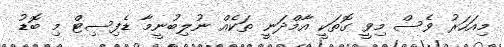
މިއަހަރު ވެސް މިވީ ގޮތަކީ އާމްދަނީ ތަކެއް ނުލިބުނީމާ ޑެފިސިޓް މި ބޮޑު